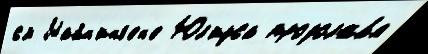
см Майн'инг'ен'е Юл'иуса продолжа́я